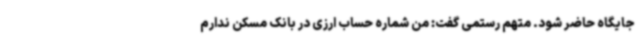
جایگاه حاضر شود. متهم رستمی گفت: من شماره حساب ارزی در بانک مسکن ندارم